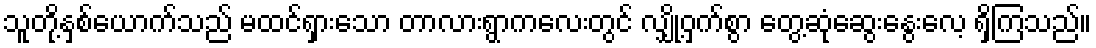
သူတို့နှစ်ယောက်သည် မထင်ရှားသော တာလားရွာကလေးတွင် လျှို့ဝှက်စွာ တွေ့ဆုံဆွေးနွေးလေ့ ရှိကြသည်။